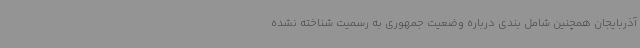
آذربایجان همچنین شامل بندی درباره وضعیت جمهوری به رسمیت شناخته نشده